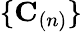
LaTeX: \{ \mathbf{C}_{(n)}\}